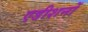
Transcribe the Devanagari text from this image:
एडीशनों